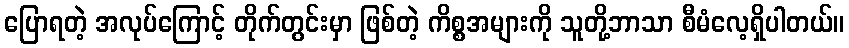
ပြောရတဲ့ အလုပ်ကြောင့် တိုက်တွင်းမှာ ဖြစ်တဲ့ ကိစ္စအများကို သူတို့ဘာသာ စီမံလေ့ရှိပါတယ်။